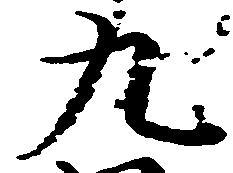
九